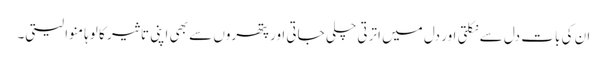
ان کی بات دل سے نکلتی اور دل میں اترتی چلی جاتی اور پتھروں سے بھی اپنی تاثیر کا لوہا منوا لیتی۔